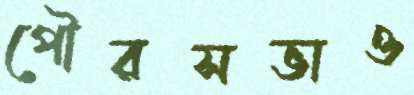
পৌরসভাও